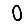
Digit: 0